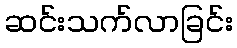
ဆင်းသက်လာခြင်း